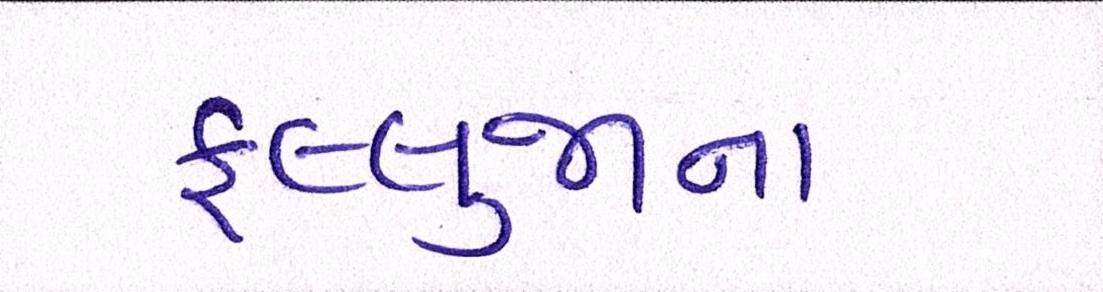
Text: ફલ્લુજાના